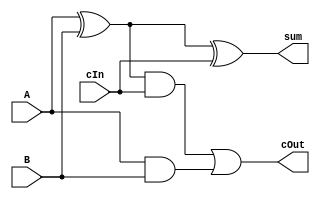
`timescale 1ns/1ns
module adder(sum, cOut, A, B, cIn);
  
  output  sum, cOut;
  input   A, B, cIn;
  
  wire w1,w2,w3;
  
  xor #20 g1 (w1,A,B);
  xor #20 g2 (sum,w1,cIn);
  
  and #10 g3 (w2,w1,cIn);
  and #10 g4 (w3,A,B);
  
  or  #10 g5 (cOut,w2,w3);
  
endmodule